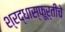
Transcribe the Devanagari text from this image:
श्रद्धास्फूर्तीचे